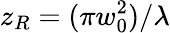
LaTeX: z_{R}=(\pi w_{0}^{2})/\lambda